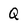
Character: Q